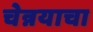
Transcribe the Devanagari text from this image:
चेन्नयाचा